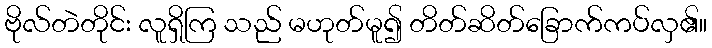
ဗိုလ်တဲတိုင်း လူရှိကြ သည် မဟုတ်မူ၍ တိတ်ဆိတ်ခြောက်ကပ်လှ၏။